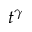
t ^ { \gamma }